Bombay plague: being a history of the progress of plague in the Bombay presidency from September 1896 to June 1899
Year: 1896
Disease focus: Plague
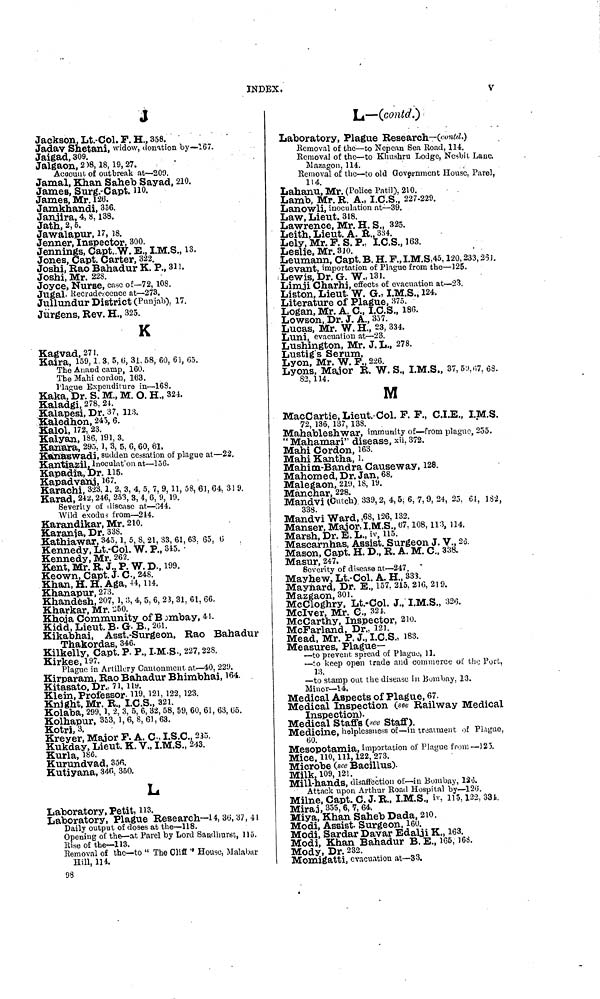
INDEX.
V
Jackson, Lt. Col. F. H., 358.
Jadav Shetani, widow, donation by—167.
Jaigad, 309.
Jalgaon, 218, 18, 19, 27.
Account of outbreak at—209.
Jamal, Khan Saheb Sayad, 210.
James, Surg.-Capt. no.
James, Mr. 126.
Jamkhandi, 356.
Janjira, 4, 8, 138.
Jath, 2, 5.
Jawalapur, 17, 18.
Jenner, Inspector, 300.
Jennings, Capt. W. E., I.M.S., 13.
Jones, Capt. Carter, 322.
Joshi, Rao Bahadur K. P., 311.
Joshi, Mr. 228.
Joyce, Nurse, case of—72, 108.
Jugal. Recrudescence at—273.
Jullundur District (Punjab). 17.
Jürgens, Rev. H., 325.
K
Kagvad, 271.
Kaira, 159, 1. 3, 5, 6, 31. 58, 60, 61, 65.
The Anand camp, 160.
The Mahi cordon, 163.
Hague Expenditure in—168.
Kaka, Dr. S. M., M. O. H., 324.
Kaladgi, 278, 24.
Kalapesi, Dr. 37, 113.
Kaledhon, 245, 6.
Kalol, 172, 23.
Kalyan, 186. 191, 3.
Kanara, 295, 1, 3, 5, 6, 60, 61.
Kanaswadi, sudden cessation of plague at—22.
Kantiazil Inoculat on at—156.
Kapadia, Dr. 115.
Kapadvanj, 167.
Karachi, 323, 1, 2, 3, 4. 5, 7, 9, 11, 58, 61, 64, 319.
Karad, 242, 246, 253, 3, 4, 6, 9, 19.
Severity of disease at—244.
Wild exodus from—214.
Karandikar, Mr. 210.
Karanja, Dr. 338.
Kathiawar, 345. 1, 5, 5, 21, 33, 61, 63, 65, 6
Kennedy, Lt.-Col. W. P., 345. •
Kennedy, Mr. 262.
Kent, Mr. R. J., P. W. D., 199.
Keown, Capt. J. C., 248.
Khan, H. H. Aga, 44, 114.
Khanapur, 273.
Khandesh, 207, 1, 3, 4, 5, 6, 23, 31, 61, 66.
Kharkar, Mr. 250.
Khoja Community of Bombay, 41.
Kidd, Lieut. B. G. B., 201.
Kikabhai, Asst.-Surgeon, Rao Bahadur
Thakordas, 346.
Kilkelly, Capt. P. P., I.M.S., 227, 228.
Kirkee, 197.
Plague in Artillery Cantonment at—40, 229.
Kirparam, Rao Bahadur Bhimbhai, 164. .
Kitasato, Dr., 71, 119.
Klein, Professor 119, 121, 122, 123.
Knight, Mr. R., I.C.S., 321.
Kolaba, 299, 1, 2, 3, 5, 6, 32, 58, 59, 60, 61, 63, 65.
Kolhapur, 353, 1, 6, 8, 61, 63.
Kotri, 3.
Kreyer, Major F. A. C., I.S.C., 235.
Kukday, Lieut. K. V., I.M.S., 243.
Kurla, 186.
Kurundvad, 356.
Kutiyana, 346, 350.
L
Laboratory, Petit, 113.
Laboratory, Plague Research—14, 36, 37, 41
Daily output of doses at the—118.
Opening of the—at Parel by Lord Sandhurst, 115.
Rise of the—113.
Removal of the—to " The Cliff " House, Malabar
Hill, 114.
98
L—(contd.)
Laboratory, Plague Research—(contd.)
Removal of the—to Nepcan Sea Road, 114.
Removal of the—to Khushru Lodge, Nesbit Lane.
Mazagon, 114.
Removal of the—to old Government House. Parel,
114.
Lahanu, Mr. (Police Patil). 210.
Lamb, Mr. R. A., I.C.S., 227.229.
Lanowli, inoculation at—39.
Law, Lieut. 318.
Lawrence, Mr. H. S., 325.
Leith, Lieut. A. R., 334.
Lely, Mr. P. S. P., I.C.S., 163.
Leslie, Mr. 3JO.
Leumann, Capt. B. H. F., I.M.S, 45, 120, 233, 251.
Levant, importation of Plague from the—125.
Lewis, Dr. G. W., 131.
Limji Charhi, effects of evacuation at—23.
Liston, Lieut. W. G., I.M.S., 124.
Literature of Plague, 375.
Logan, Mr. A. C., I.C.S., 186.
Lowson, Dr. J. A., 357.
Lucas, Mr. W. H., 23, 334,
Luni, evacuation at—23.
Lushington, Mr. J. L., 278.
Lustig's Serum,
Lyon, Mr. W. P., 226.
Lyons, Major R. W. S., I.M.S., 37, 59, 157, 68.
82, 114.
M
MacCartie, Lieut.-Col. P. P., C.I.E., I.M.S.
72, 136, 137, 138.
Mahableshwar, immunity of—from plague, 255.
" Mahamari" disease, xii. 372.
Mahi Cordon, 163.
Mahi Kantha, 1.
Mahim-Bandra Causeway, 128.
Mahomed, Dr. Jan, 68.
Malegaon, 210, 18, 19.
Manchar, 228.
Mandvi (Cutch) 339, 2, 4, 5; 6, 7, 9, 24, 25, 61, 182,
338.
Mandvi Ward, ,68, 126, 132.
Manser, Major, I.M.S., 67, 108, 113, 114.
Marsh, Dr. E. L., iv, 115.
Mascarnhas, Assist. Surgeon J. V., 26.
Mason, Capt. H. D., R. A. M. C., 338.
Masur, 247.
Severity of disease at—247. *
Mayhew, Lt.-Col. A. H., 333.
Maynard, Dr. E., 157, 215, 210, 219.
Mazgaon, 301.
McCloghry, Lt.-Col. J., I.M.S., 32.3.
McIver, Mr. C., 324.
McCarthy, Inspector, 210.
McFarland, Dr., 121.
Mead, Mr. P. J., I.C.S., 183.
Measures, Plague—
—to prevent spread of Plague, 11.
—to keep open trade and commerce of the Port,
13.
—to stamp oat the disease in Bombay, 13.
Minor—14.
Medical Aspects of Plague, 67.
Medical Inspection (see Railway Medical
Inspection).
Medical Staffs (see Staff).
Medicine, helplessness of—in treatment of Plague,
60.
Mesopotamia, importation of Plague from—525.
Mice, HO, 111, 122, 273.
Microbe (see Bacillus).
Milk, 109, 121.
Mill-hands, disaffection of—in Bombay, 126.
Attack upon Arthur Road Hospital by—126.
Milne, Capt. C. J. R., I.M.S., iv, 115, 122, 334.
Miraj, 355, 6, 7, 64.
Miya, Khan Saheb Dada, 210.
Modi, Assist. Surgeon, 160.
Modi, Sardar Davar Edalji K., 163.
Modi, Khan Bahadur B. E., 165, 168.
Mody, Dr. 232.
Momigattij evacuation at—33.